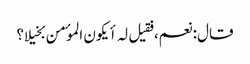
قال: نعم، فقیل لہ أیکون الموٴمن بخیلا؟